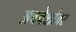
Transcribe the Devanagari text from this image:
अवषेशांवर